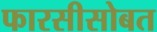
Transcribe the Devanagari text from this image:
फारसीसोबत